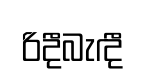
රිදීබැඳී